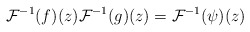
\begin{align*}\mathcal{F}^{-1}(f)(z)\mathcal{F}^{-1}(g)(z) = \mathcal{F}^{-1}(\psi)(z) \end{align*}